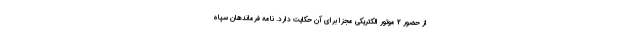
از حضور 2 موتور الکتریکی مجزا برای آن حکایت دارد. نامه فرماندهان سپاه